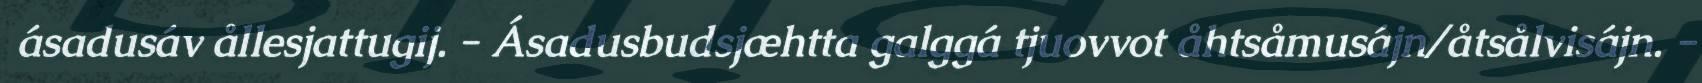
ásadusáv ållesjattugij. - Ásadusbudsjæhtta galggá tjuovvot åhtsåmusájn/åtsålvisájn. -